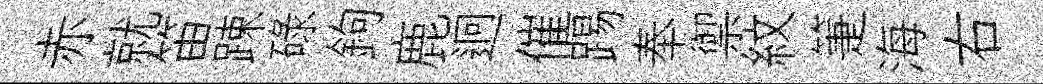
赤就笛踈碌鉤鹿迥催踢奉禦紋箑海右